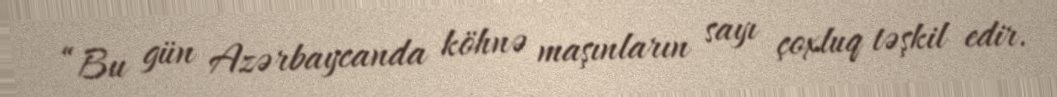
“Bu gün Azərbaycanda köhnə maşınların sayı çoxluq təşkil edir.